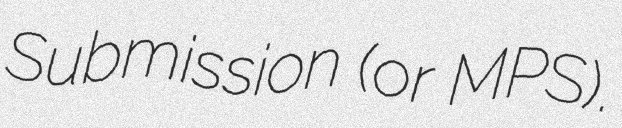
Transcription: Submission (or MPS).